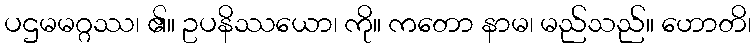
ပဌမမဂ္ဂဿ၊ ၏။ ဥပနိဿယော၊ ကို။ ကတော နာမ၊ မည်သည်။ ဟောတိ၊